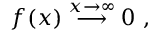
f ( x ) \stackrel { x \rightarrow \infty } { \longrightarrow } 0 \ ,